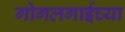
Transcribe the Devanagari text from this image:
गोगलगाईच्या